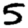
Digit: 5